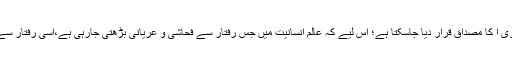
ان تمام ہی بیماریوں کو مذکورہ بالا حدیث نبوی ا کا مصداق قرار دیا جاسکتا ہے؛ اس لیے کہ عالمِ انسانیت میں جس رفتار سے فحاشی و عریانی بڑھتی جارہی ہے،اسی رفتار سے ان بیماریوں میں بھی اضافہ ہوتا جارہا ہے۔